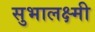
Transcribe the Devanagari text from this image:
सुभालक्ष्मी